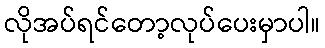
လိုအပ်ရင်တော့လုပ်ပေးမှာပါ။